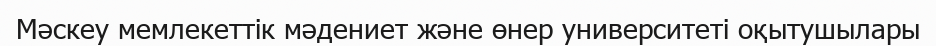
Мәскеу мемлекеттік мәдениет және өнер университеті оқытушылары